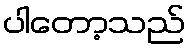
ပါတော့သည်